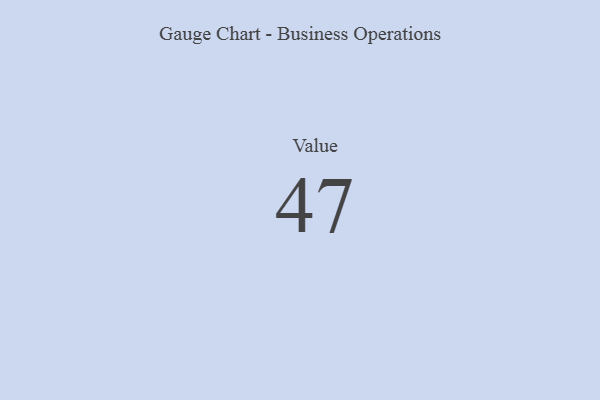
{"axis": {"x": "Metric", "y": "Value"}, "legend": [""], "data": [{"x": "Value", "y": 47, "type": ""}]}